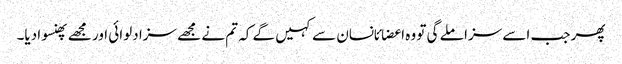
پھر جب اسے سزا ملے گی تو وہ اعضائانسان سے کہیں گے کہ تم نے مجھے سزا دلوائی اور مجھے پھنسوا دیا۔